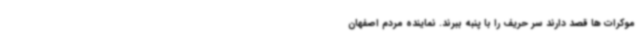
موکرات ها قصد دارند سر حریف را با پنبه ببرند. نماینده مردم اصفهان